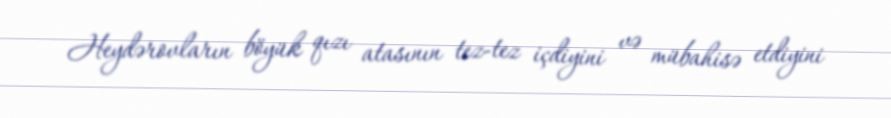
Heydərovların böyük qızı atasının tez-tez içdiyini və mübahisə etdiyini